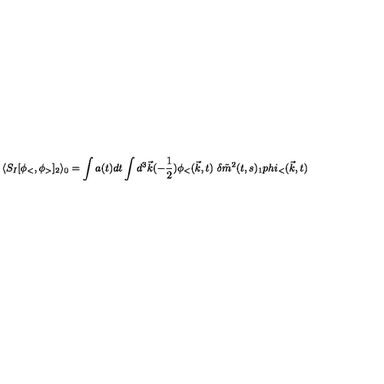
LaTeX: \langle S _ { I } [ \phi _ { < } , \phi _ { > } ] _ { 2 } \rangle _ { 0 } = \int a ( t ) d t \int d ^ { 3 } \vec { k } ( - \frac { 1 } { 2 } ) \phi _ { < } ( \vec { k } , t ) \ \delta \tilde { m } ^ { 2 } ( t , s ) _ { 1 } p h i _ { < } ( \vec { k } , t )